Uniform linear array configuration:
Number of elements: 12
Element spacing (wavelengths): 1
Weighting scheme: hann
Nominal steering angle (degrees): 30
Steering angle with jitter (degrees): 28.78
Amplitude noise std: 0.05
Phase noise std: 0.05

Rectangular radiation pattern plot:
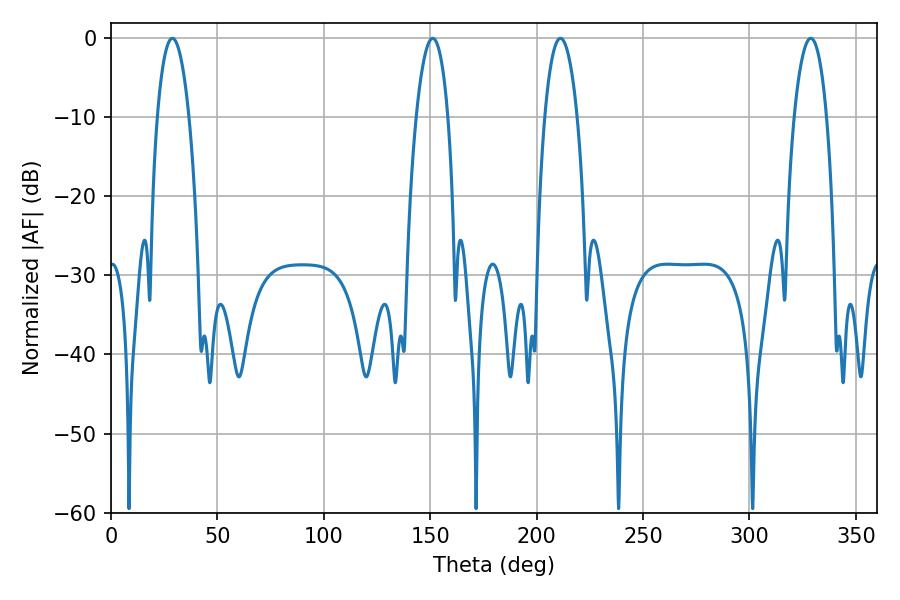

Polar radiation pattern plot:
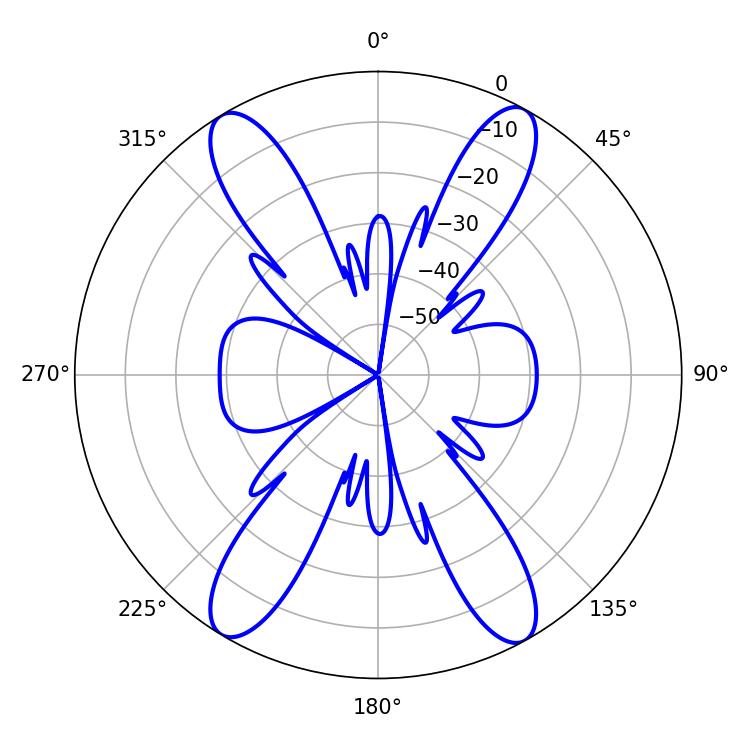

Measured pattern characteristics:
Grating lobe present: TRUE
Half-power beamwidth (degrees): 8.28
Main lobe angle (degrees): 28.8